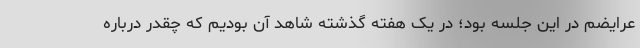
عرایضم در این جلسه بود؛‌ در یک هفته گذشته شاهد آن بودیم که چقدر درباره